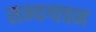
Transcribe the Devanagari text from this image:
सम्यग्वचन